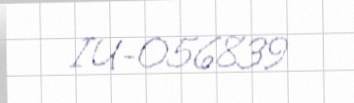
IU-056839